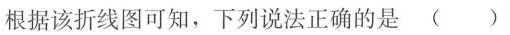
根据该折线图可知，下列说法正确的是()